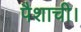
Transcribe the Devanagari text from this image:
पैशाची।